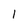
Character: 1